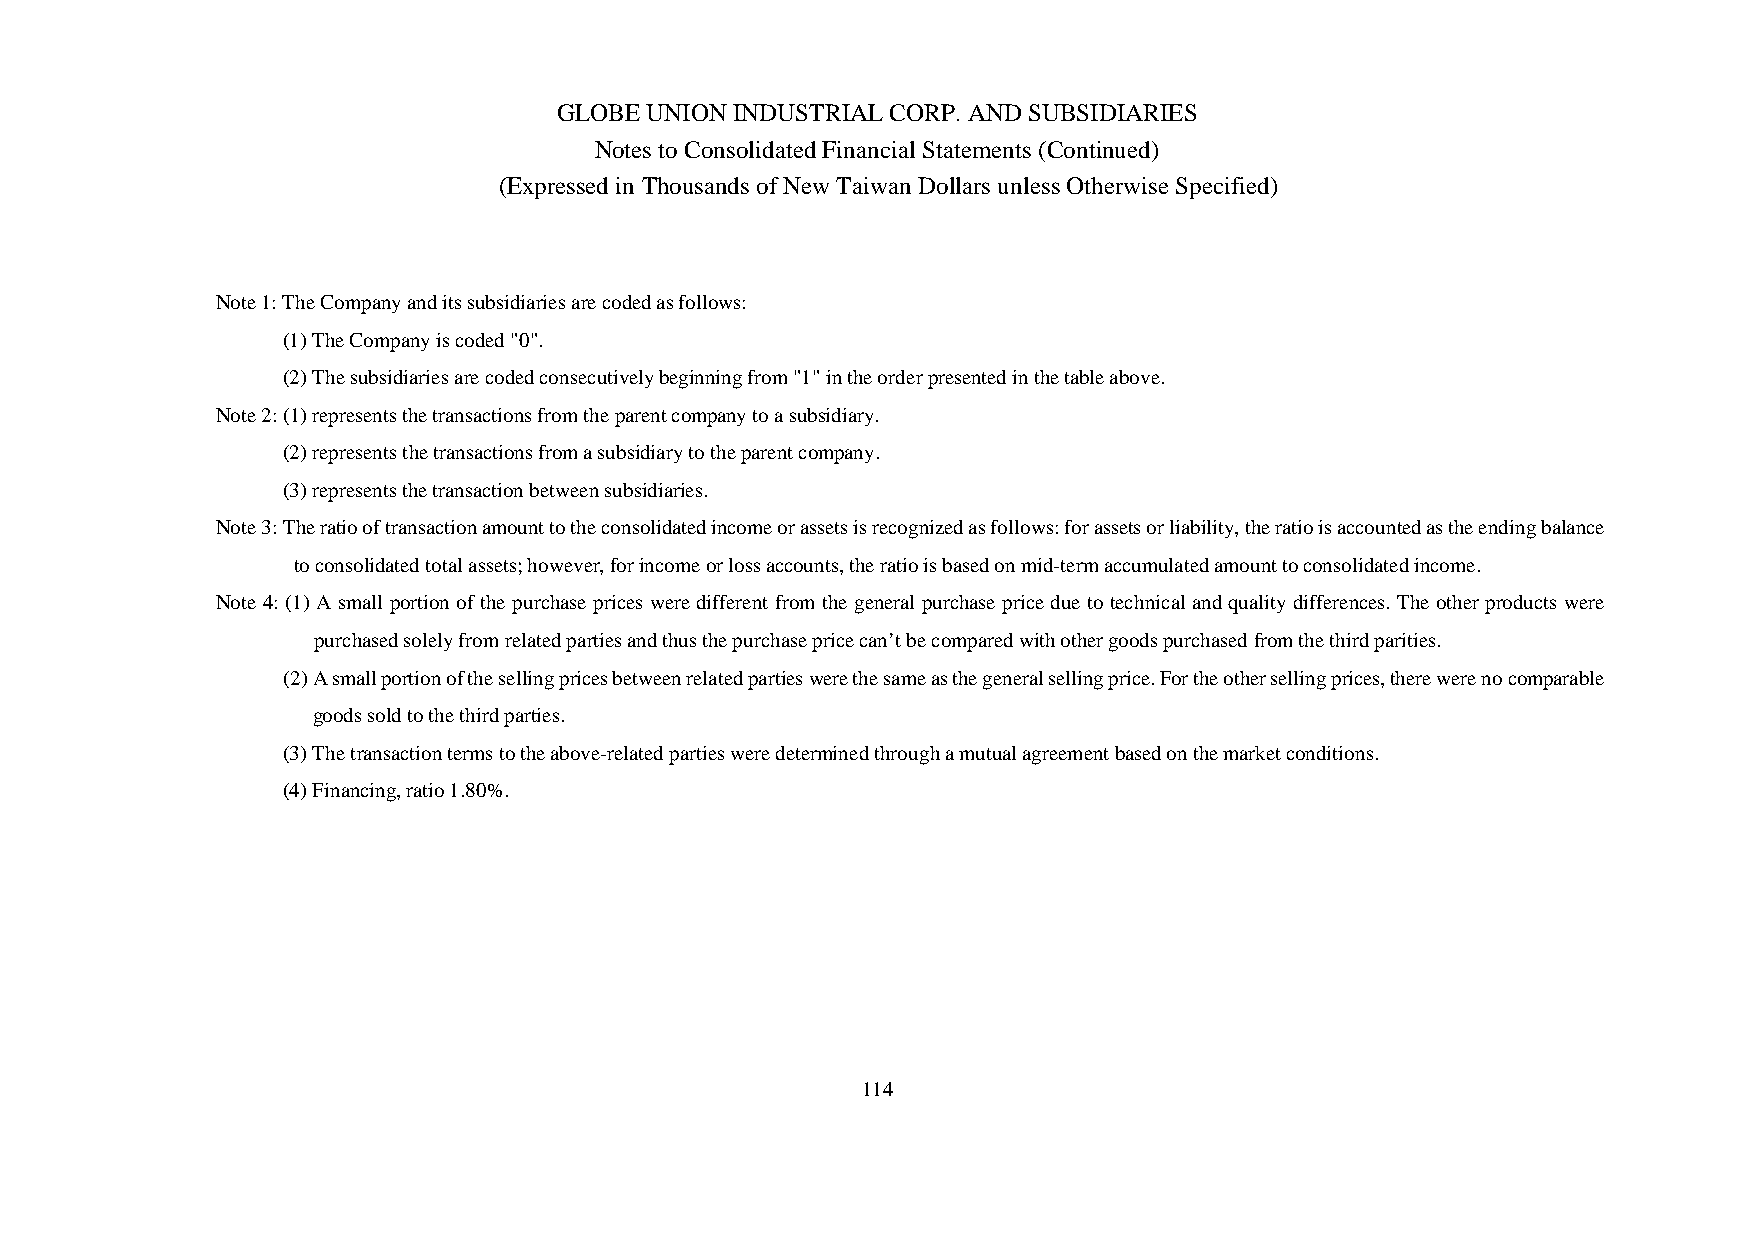
GLOBE UNION INDUSTRIAL CORP. AND SUBSIDIARIES
 Notes to Consolidated Financial Statements (Continued)
 (Expressed in Thousands of New Taiwan Dollars unless Otherwise Specified)
 Note 1: The Company and its subsidiaries are coded as follows:
 (1) The Company is coded "0".
 (2) The subsidiaries are coded consecutively beginning from "1" in the order presented in the table above.
 Note 2: (1) represents the transactions from the parent company to a subsidiary.
 (2) represents the transactions from a subsidiary to the parent company.
 (3) represents the transaction between subsidiaries.
 Note 3: The ratio of transaction amount to the consolidated income or assets is recognized as follows: for assets or liability, the ratio is accounted as the ending balance
 to consolidated total assets; however, for income or loss accounts, the ratio is based on mid-term accumulated amount to consolidated income.
 Note 4: (1) A small portion of the purchase prices were different from the general purchase price due to technical and quality differences. The other products were
 purchased solely from related parties and thus the purchase price can’t be compared with other goods purchased from the third parities.
 (2) A small portion of the selling prices between related parties were the same as the general selling price. For the other selling prices, there were no comparable
 goods sold to the third parties.
 (3) The transaction terms to the above-related parties were determined through a mutual agreement based on the market conditions.
 (4) Financing, ratio 1.80%.
 114